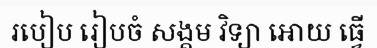
របៀប រៀបចំ សង្គម វិទ្យា អោយ ធ្វើ